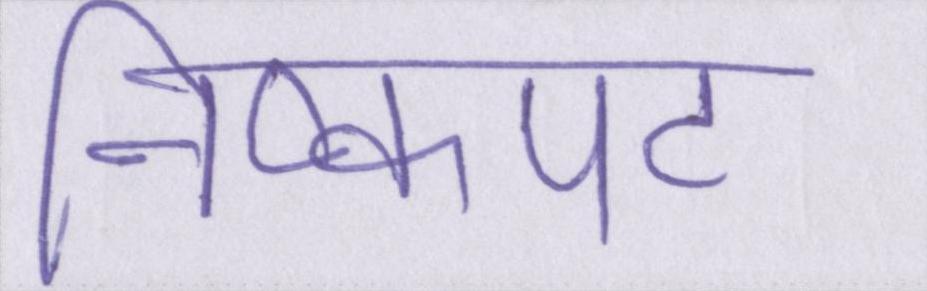
निष्कपट